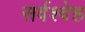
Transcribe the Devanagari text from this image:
सर्वश्वेष्ठ